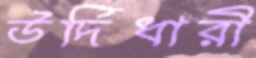
উর্দিধারী